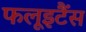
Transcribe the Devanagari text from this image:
फलूइटैंस